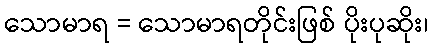
သောမာရ = သောမာရတိုင်းဖြစ် ပိုးပုဆိုး၊